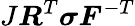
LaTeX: J{\boldsymbol{R}}^{T}{\boldsymbol{\sigma}}{\boldsymbol{F}}^{-T}